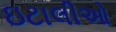
ઇટાલીઓ